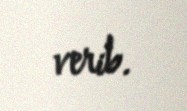
verib.